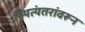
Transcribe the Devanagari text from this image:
स्थित्यंतरांवरून